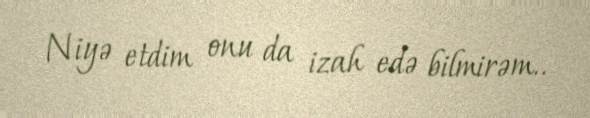
Niyə etdim onu da izah edə bilmirəm..